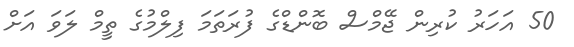
50 އަހަރު ކުރިން ޖޭމްސް ބޮންޑްގެ ފުރަތަމަ ފިލްމުގެ ތީމް ލަވަ އަށް